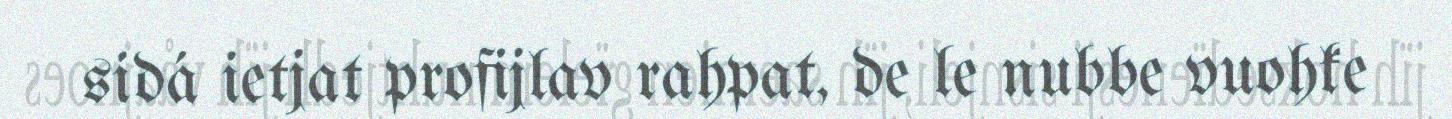
sidá ietjat profijlav rahpat, de le nubbe vuohke